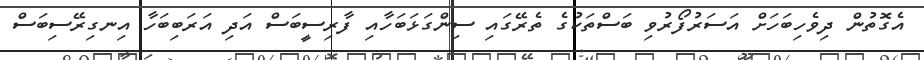
އެގޮތުން ދިވެހިބަހަށް އަސަރުފޯރުވި ބަސްތަކުގެ ތެރޭގައި ސިންގަޅަބަހާއި ފާރިސީބަސް އަދި އަރަބިބަހާ އިނގިރޭސިބަސް